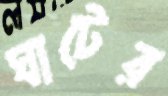
ঘাটের